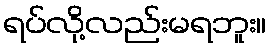
ရပ်လို့လည်းမရဘူး။